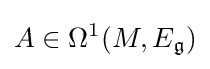
A\in \Omega ^{1}(M,E_{\mathfrak {g}})